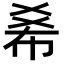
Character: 𢂞